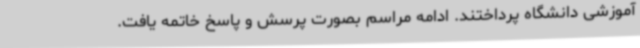
آموزشی دانشگاه پرداختند. ادامه مراسم بصورت پرسش و پاسخ خاتمه یافت.